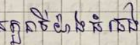
តួនាទីយ៉ាងធំធេង